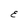
Character: E